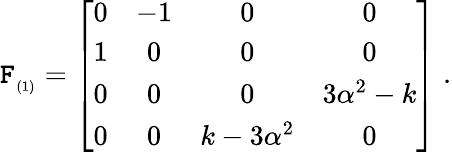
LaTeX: \mathtt{F}_{_{(1)}}=\left[\begin{array}{cccc}{{0}}&{{-1}}&{{0}}&{{0}}\\ {{1}}&{{0}}&{{0}}&{{0}}\\ {{0}}&{{0}}&{{0}}&{{3\alpha^{2}-k}}\\ {{0}}&{{0}}&{{k-3\alpha^{2}}}&{{0}}\end{array}\right]\; .